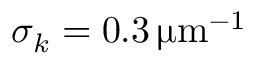
\sigma _ { k } = 0 . 3 \, \upmu \mathrm { m } ^ { - 1 }